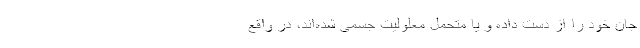
جان خود را از دست داده‌ و یا متحمل معلولیت جسمی شده‌اند، در واقع